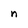
Character: n